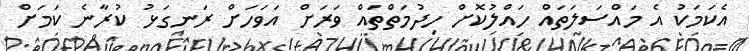
އެކަމަކު އެ މައްސަލަތައް ހައްލުކޮށް ހިދުމަތްތައް ވަރަށް އަވަހަށް ރަނގަޅު ކުރާނެ ކަމަށް